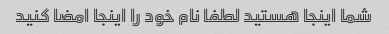
شما اینجا هستید لطفا نام خود را اینجا امضا کنید